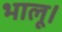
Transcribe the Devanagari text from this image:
भालू।